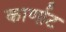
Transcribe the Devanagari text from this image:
कार्णाट